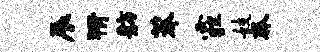
辰猾舫莽霾妓奔